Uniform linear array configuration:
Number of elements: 8
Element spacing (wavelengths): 0.75
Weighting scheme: uniform
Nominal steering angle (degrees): -30
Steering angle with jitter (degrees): -31.552
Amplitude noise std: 0.05
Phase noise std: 0.05

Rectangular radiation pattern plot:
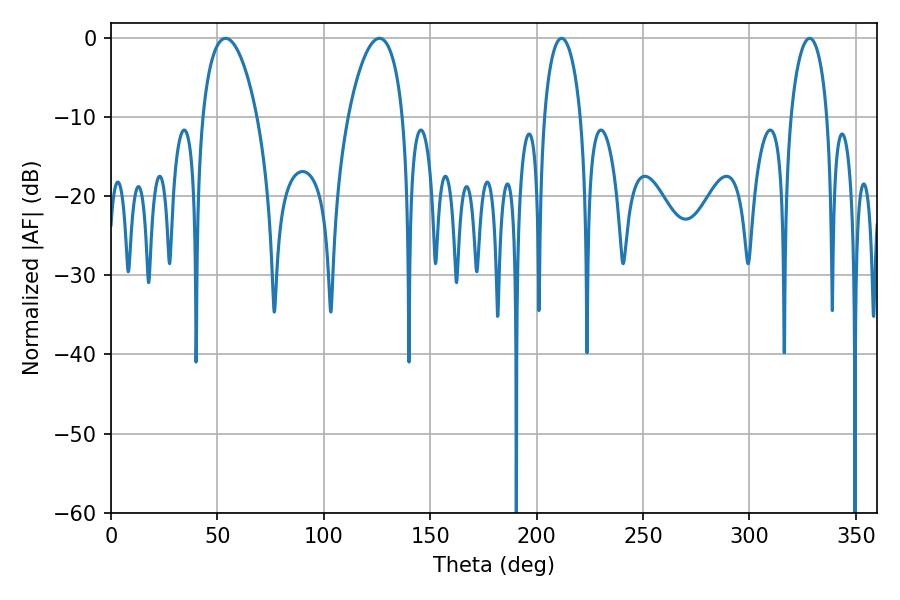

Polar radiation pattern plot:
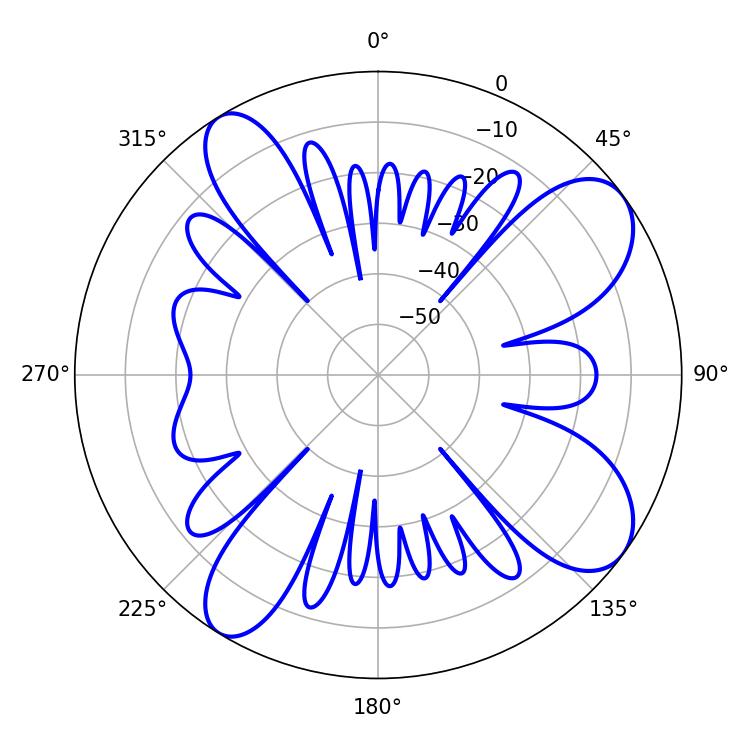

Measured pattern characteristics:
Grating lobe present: TRUE
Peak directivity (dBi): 9.366
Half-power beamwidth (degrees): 14.4
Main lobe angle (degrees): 53.82